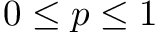
0 \leq p \leq 1